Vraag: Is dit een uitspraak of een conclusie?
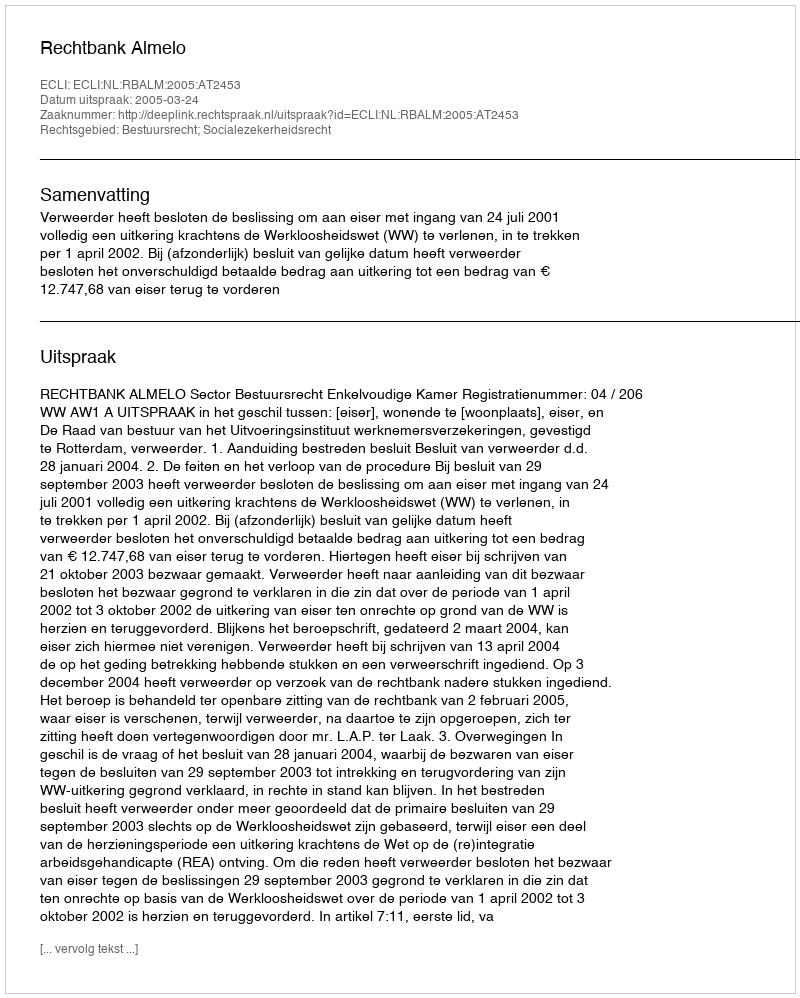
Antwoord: Uitspraak